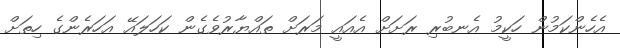
އެހެންކަމުން ހަކީމު އެނބުރި ރަށަށް އެއައީ މަރަށް ތައްޔާރުވެގެން ކަހަލައޭ އަހަރެންގެ ހިތަށް